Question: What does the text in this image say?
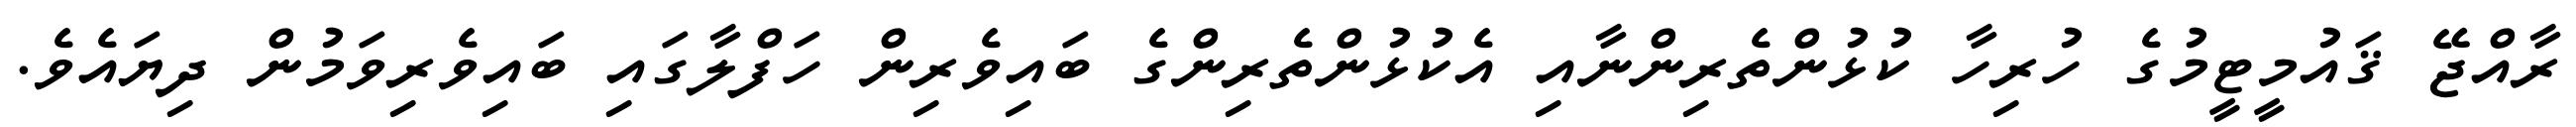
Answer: ރާއްޖޭ ޤައުމީޓީމުގެ ހުރިހާ ކުޅުންތެރިންނާއި އެކުޅުންތެރިންގެ ބައިވެރިން ހަފްލާގައި ބައިވެރިވަމުން ދިޔައެވެ.